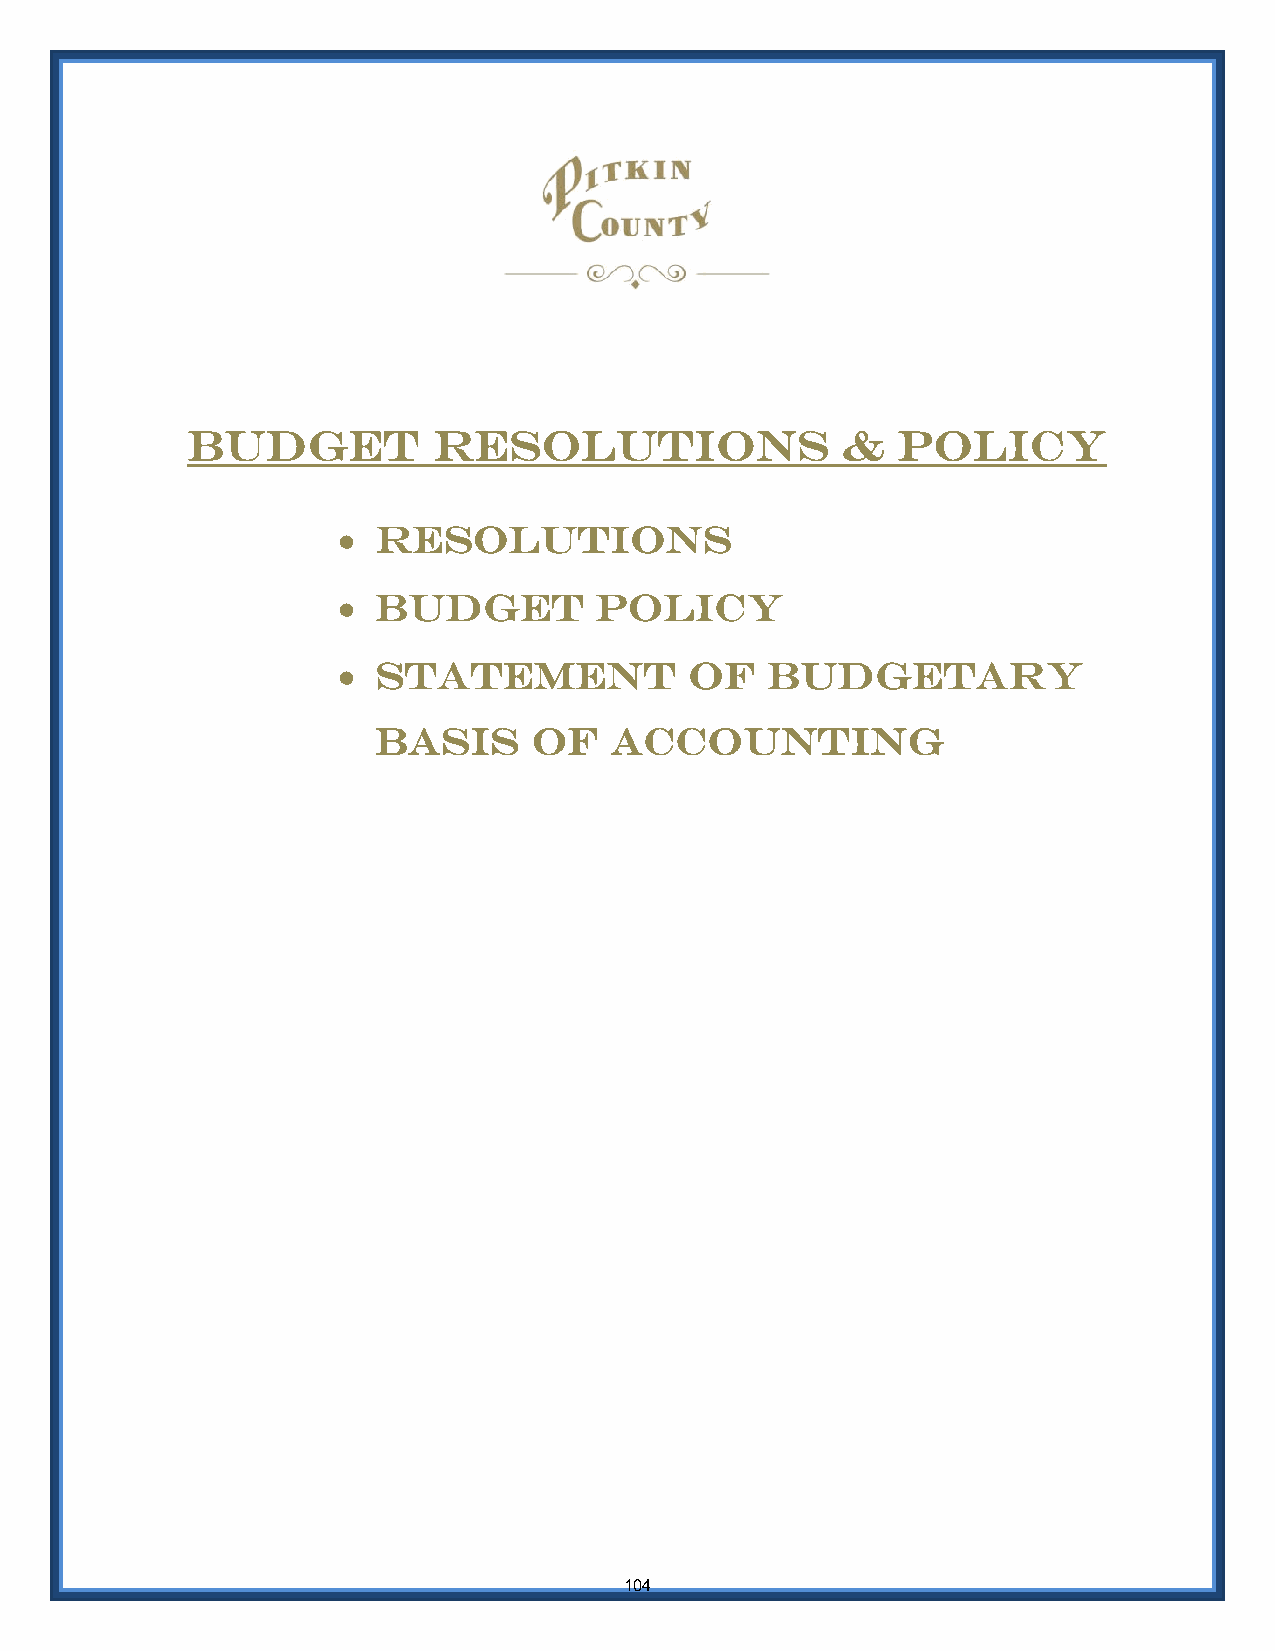
Budget           resolutions                &  policy
   resolutions
   budget        policy
   statement            of   budgetary
 basis     of   accounting
 104